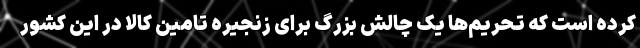
کرده است که تحریم‌ها یک چالش بزرگ برای زنجیره‌ تامین کالا در این کشور